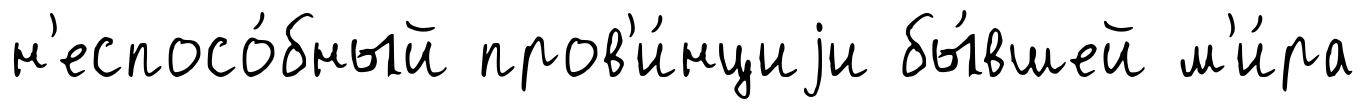
н'еспосо́бный пров'и́нциjи бы́вшей м'и́ра